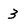
Character: 3